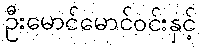
ဦးမောင်မောင်ဝင်းနှင့်